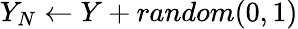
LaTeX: Y_{N}\gets Y+random(0,1)